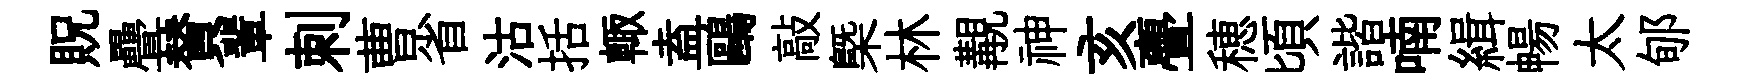
貺疊賛輩刺曹省沽括輙盍鷗敲㮣林覯神亥亹穂頃諧喃緝暢太郇